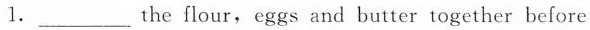
1.___ the flour,eggs and butter together before